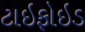
ટાઇફોઇડ